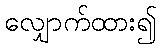
လျှောက်ထား၍